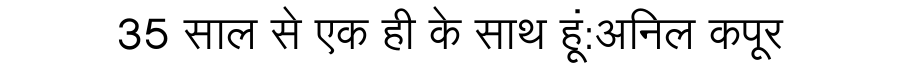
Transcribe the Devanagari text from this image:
35 साल से एक ही के साथ हूं:अनिल कपूर